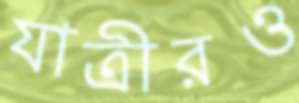
যাত্রীরও